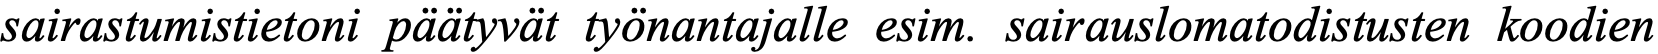
sairastumistietoni päätyvät työnantajalle esim. sairauslomatodistusten koodien